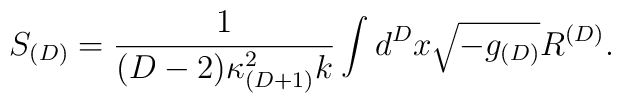
S_{(D)} = \frac{1}{(D-2)\kappa_{(D+1)}^2 k} \int d^{D}x \sqrt{-g_{(D)}} R^{(D)}.